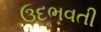
ઉદભવતી